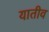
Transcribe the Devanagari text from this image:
यातीव